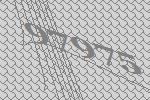
97975